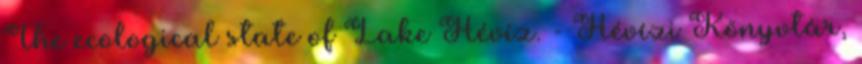
The ecological state of Lake Hévíz. - Hévízi Könyvtár,